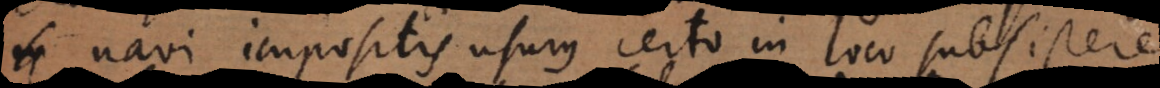
navi impositis usurus certo in loco subsistere